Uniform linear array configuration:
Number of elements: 32
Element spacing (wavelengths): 1
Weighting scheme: exponential
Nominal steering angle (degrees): -15
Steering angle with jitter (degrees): -15.259
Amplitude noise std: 0.05
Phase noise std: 0.05

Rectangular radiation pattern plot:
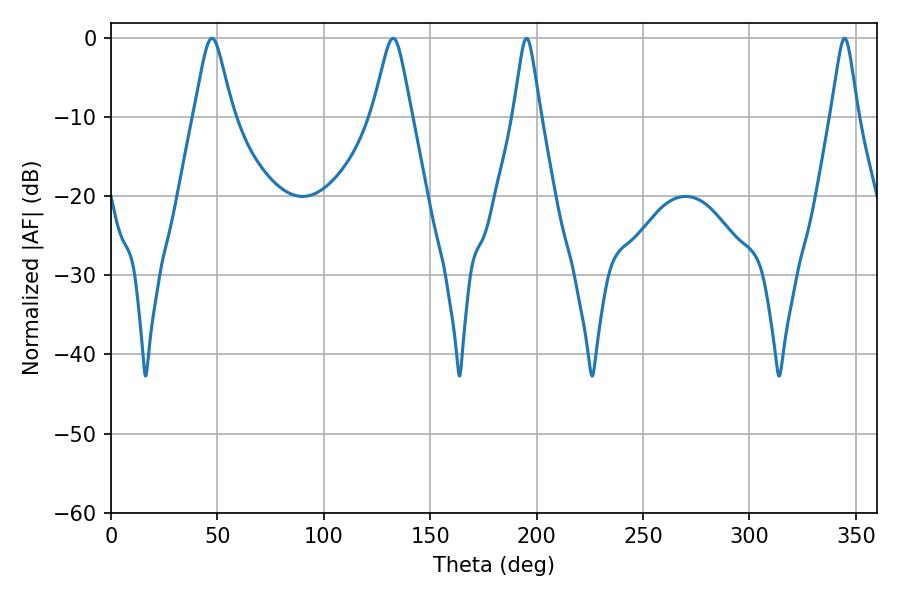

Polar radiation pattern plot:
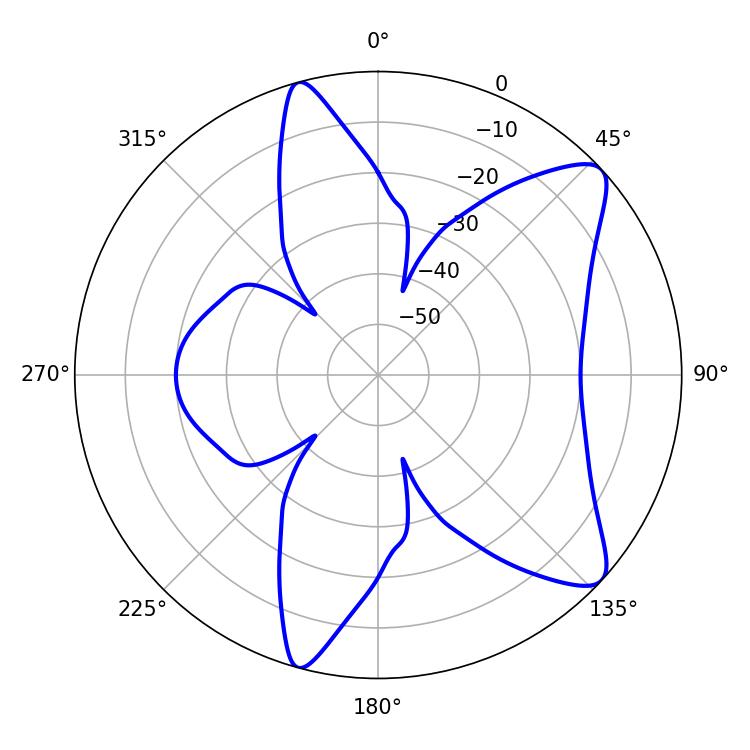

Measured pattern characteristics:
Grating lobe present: TRUE
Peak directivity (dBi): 9.667
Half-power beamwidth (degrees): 6.12
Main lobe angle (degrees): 344.7